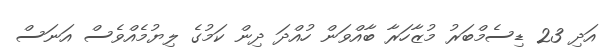
އަދި 23 ޑިސެމްބަރު މުޒާހަރާ ބާއްވަން ހުއްދަ ދިން ކަމުގެ ލިޔުމެއްވެސް އަނަސް